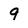
Character: 9